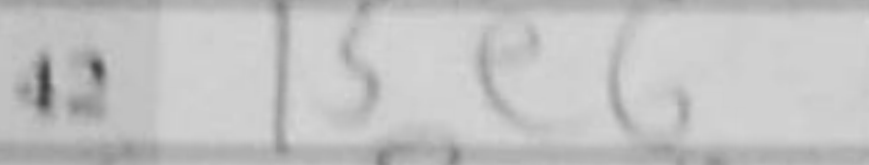
Transcription: Be6